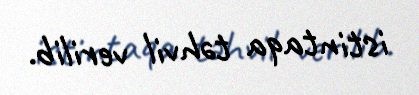
istintaqa təhvil verilib.